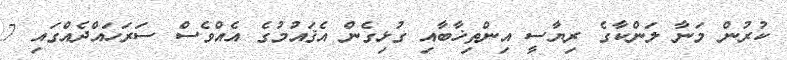
ކުރުން މަނާ ލަންކާގެ ރިޔާސީ އިންތިޚާބާއި ގުޅިގެން އެޤައުމުގެ އެއްވެސް ސަރަހައްދެއްގައި 7